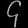
Digit: ၄